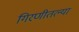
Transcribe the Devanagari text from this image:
गिरणीतल्या